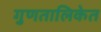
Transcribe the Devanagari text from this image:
गुणतालिकेत